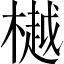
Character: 樾